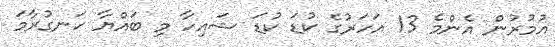
އުމުރުން އެންމެ 13 އަހަރުގެ ކުޑަ ކުޑަ ޝައިހާ މި ބައްޔާ ހަނގުރާމަ